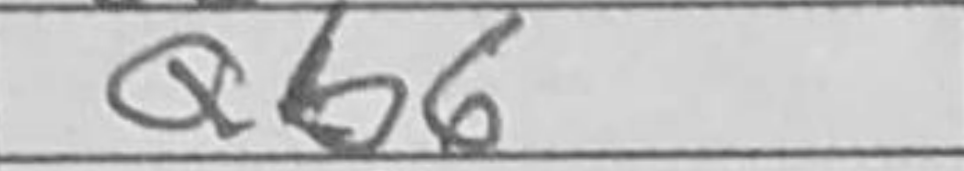
Transcription: Qb6